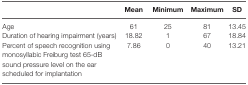
<table><thead><tr><td></td><td><b>Mean</b></td><td><b>Minimum</b></td><td><b>Maximum</b></td><td><b>SD</b></td></tr></thead><tbody><tr><td>Age</td><td>61</td><td>25</td><td>81</td><td>13.45</td></tr><tr><td>Duration of hearing impairment (years)</td><td>18.82</td><td>1</td><td>67</td><td>18.84</td></tr><tr><td>Percent of speech recognition using monosyllabic Freiburg test 65-dB sound pressure level on the ear scheduled for implantation</td><td>7.86</td><td>0</td><td>40</td><td>13.21</td></tr></tbody></table>